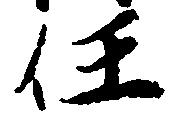
任